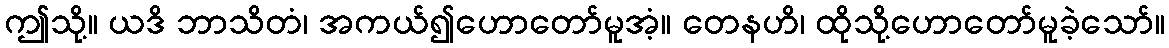
ဤသို့။ ယဒိ ဘာသိတံ၊ အကယ်၍ဟောတော်မူအံ့။ တေနဟိ၊ ထိုသို့ဟောတော်မူခဲ့သော်။